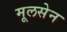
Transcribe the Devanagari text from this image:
मूलसेन